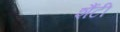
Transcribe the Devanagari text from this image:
शैंटी